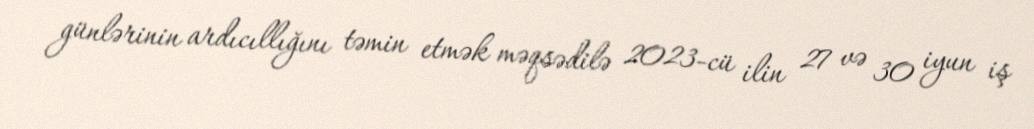
günlərinin ardıcıllığını təmin etmək məqsədilə 2023-cü ilin 27 və 30 iyun iş